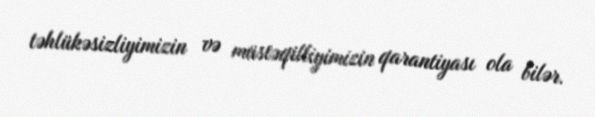
təhlükəsizliyimizin və müstəqilliyimizin qarantiyası ola bilər.